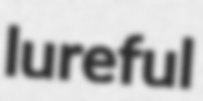
lureful